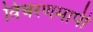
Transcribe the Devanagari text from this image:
विचरणमापी